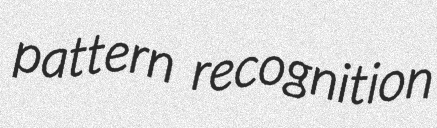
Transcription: pattern recognition